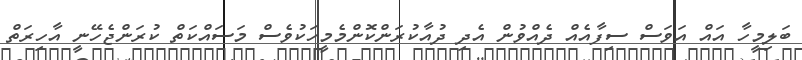
ބަލިމީހާ އައް އަވަސް ސިފާއެއް ދެއްވުން އެދި ދުއާކުރަންކޮންމެމީހަކުވެސް މަސައްކަތް ކުރަންޖެހޭނީ އާހިރަތް